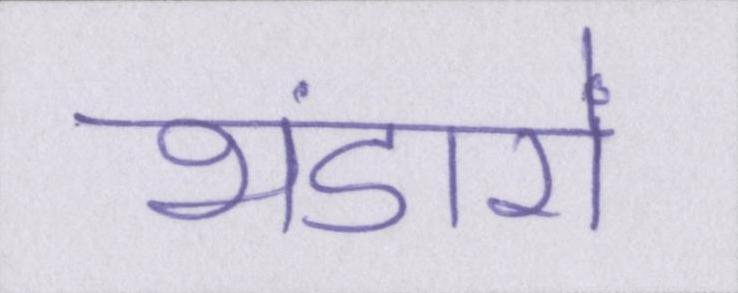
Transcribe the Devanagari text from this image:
भंडारों